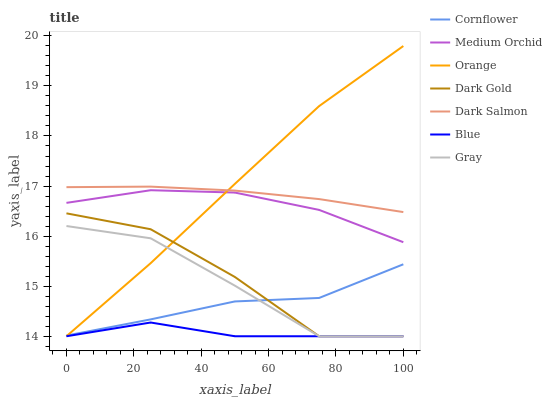
| xaxis_label | Cornflower | Medium Orchid | Orange | Dark Gold | Dark Salmon | Blue | Gray |
 | --- | --- | --- | --- | --- | --- | --- | --- |
 | 0 | 14 | 16.7 | 14 | 16.5 | 17 | 14 | 16.2 |
 | 25 | 14.3 | 16.9 | 15.5 | 16.1 | 17 | 14.3 | 16 |
 | 50 | 14.7 | 16.9 | 17 | 15.2 | 16.9 | 14 | 15 |
 | 75 | 14.8 | 16.5 | 18.6 | 14 | 16.7 | 14 | 14 |
 | 100 | 15.4 | 15.9 | 19.8 | 14 | 16.5 | 14 | 14 |